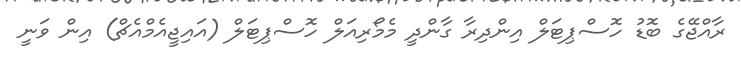
ރާއްޖޭގެ ބޮޑު ހޮސްޕިޓަލް އިންދިރާ ގާންދީ މެމޯރިއަލް ހޮސްޕިޓަލް (އައިޖީއެމްއެޗް) އިން ވަނީ